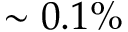
\sim 0 . 1 \%